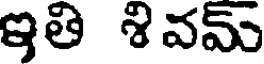
ఇతి శివమ్